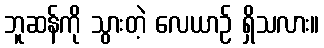
ဘူဆန်ကို သွားတဲ့ လေယာဉ် ရှိသလား။